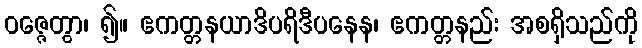
ဝဇ္ဇေတွာ၊ ၍။ ဧကတ္တနယာဒိပရိဒီပနေန၊ ဧကတ္တနည်း အစရှိသည်ကို